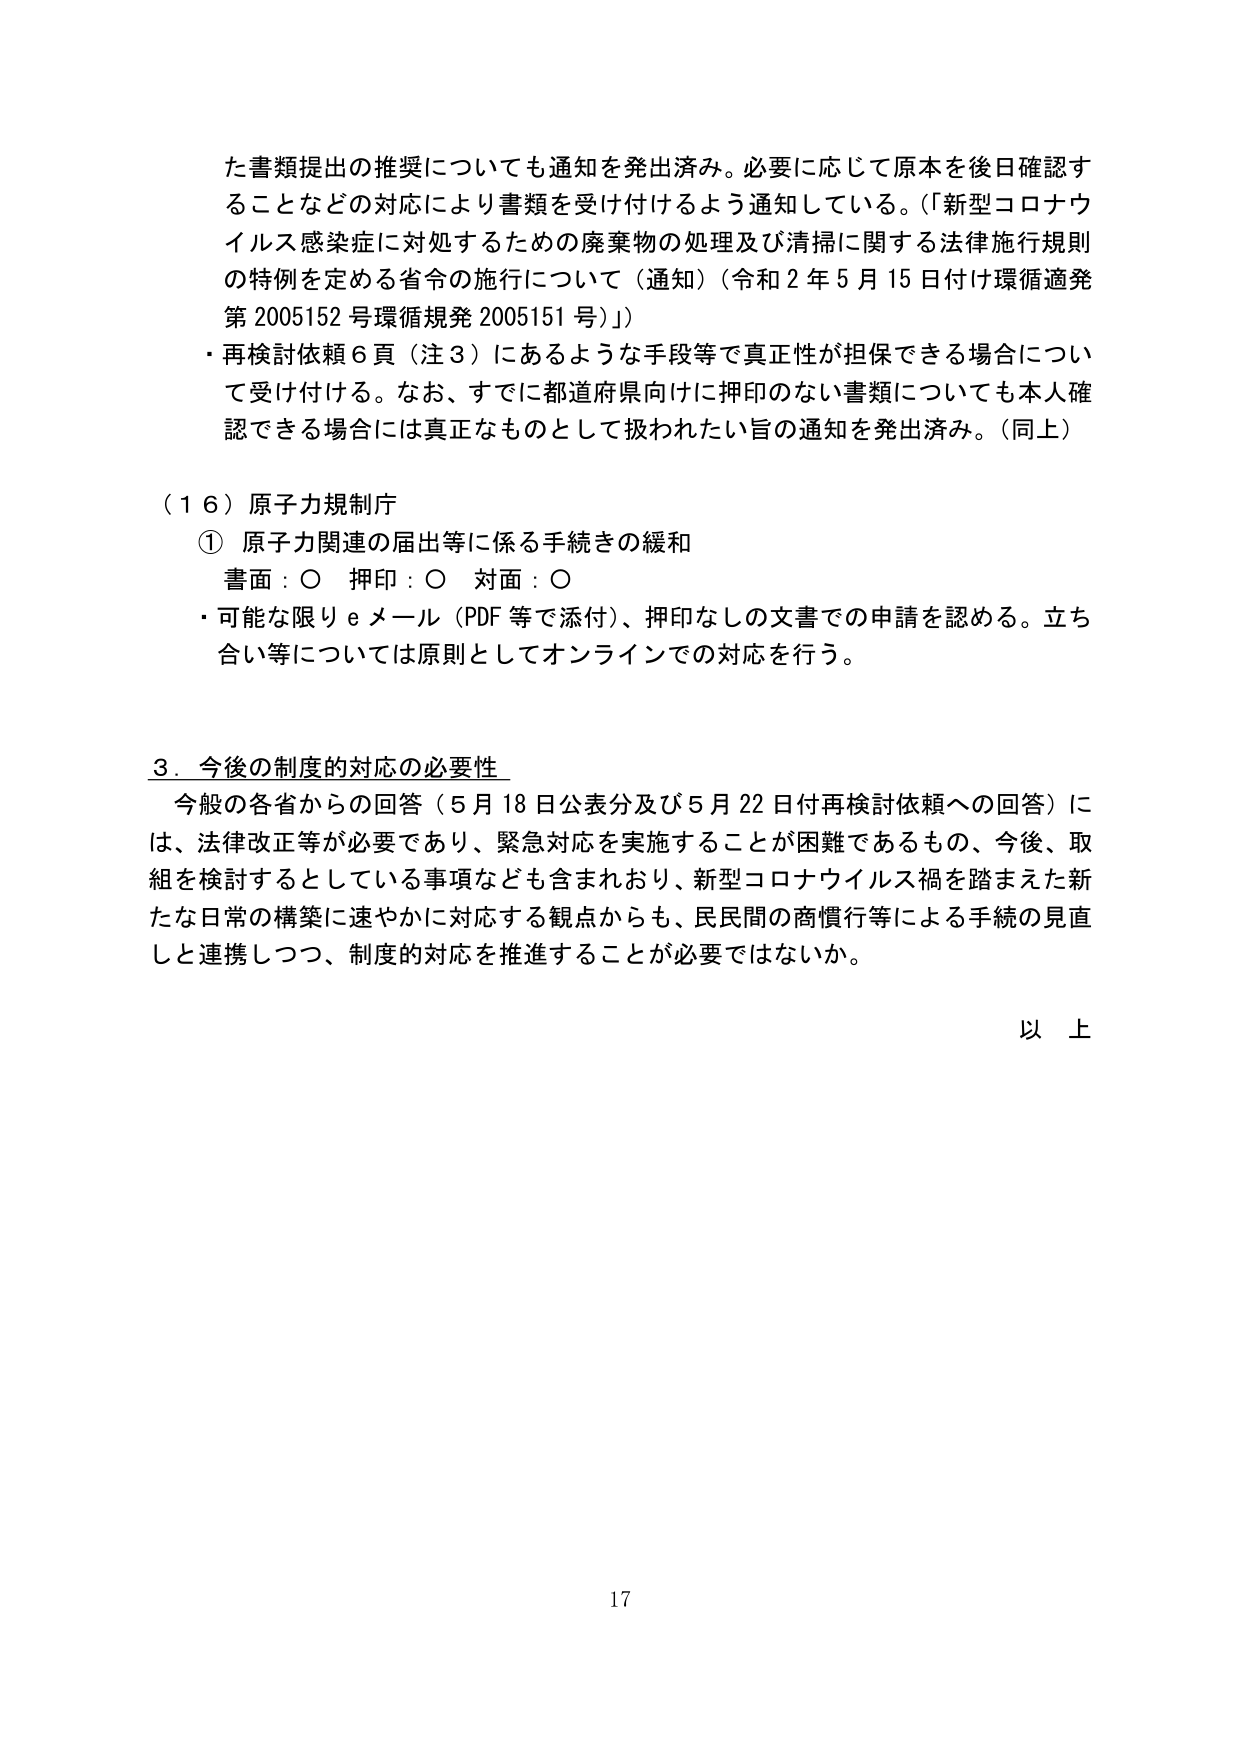
た書類提出の推奨についても通知を発出済み。必要に応じて原本を後日確認することなどの対応により書類を受け付けるよう通知している。（「新型コロナウイルス感染症に対処するための廃棄物の処理及び清掃に関する法律施行規則の特例を定める省令の施行について（通知）（令和２年５月15日付け環循適発第2005152号環循規発2005151号）」）

・再検討依頼６頁（注３）にあるような手段等で真正性が担保できる場合について受け付ける。なお、すでに都道府県向けに押印のない書類についても本人確認できる場合には真正なものとして扱われたい旨の通知を発出済み。（同上）

（１６）原子力規制庁

① 原子力関連の届出等に係る手続きの緩和

　書面：○　押印：○　対面：○

・可能な限りｅメール（PDF等で添付）、押印なしの文書での申請を認める。立合い等については原則としてオンラインでの対応を行う。

３．今後の制度的対応の必要性

　今般の各省からの回答（５月18日公表分及び５月22日付再検討依頼への回答）には、法律改正等が必要であり、緊急対応を実施することが困難であるもの、今後、取組を検討するとしている事項なども含まれおり、新型コロナウイルス禍を踏まえた新たな日常の構築に速やかに対応する観点からも、民民間の商慣行等による手続の見直しと連携しつつ、制度的対応を推進することが必要ではないか。

以上

17